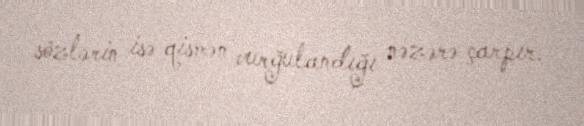
sözlərin isə qismən vurğulandığı nəzərə çarpır.